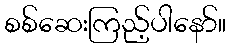
စစ်ဆေးကြည့်ပါနော်။